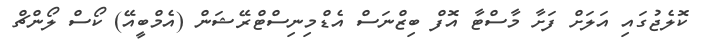
ކޮލެޖުގައި އަލަށް ފަށާ މާސްޓާ އޮފް ބިޒްނަސް އެޑްމިނިސްޓްރޭޝަން (އެމްބީއޭ) ކޯސް ލޯންޗް